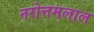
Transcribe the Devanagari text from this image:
नरोत्तमलाल